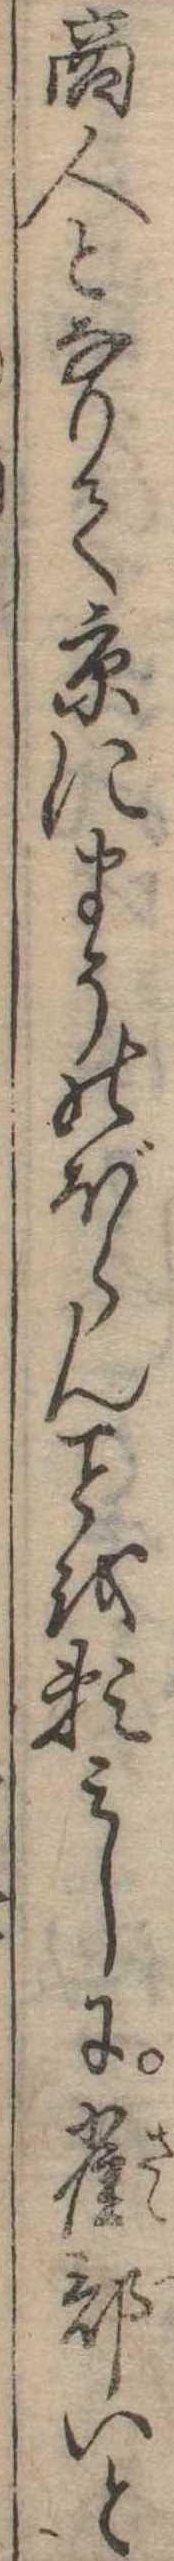
商人となりて京にまうのぼらんを頼みしに雀部いと